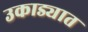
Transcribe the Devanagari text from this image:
उकाड्यात